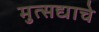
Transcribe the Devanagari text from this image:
मुत्सद्याचे